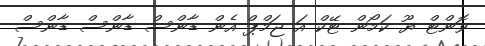
ވޮންޓް ޔޫ ކަމޯން ޓޭކް އަ ޖަމްޕް އެން ޑާންސް ޑާންސް ޑާންސް